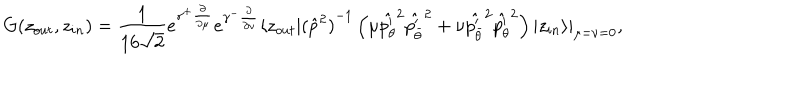
LaTeX: G ( z _ { o u t } , z _ { i n } ) = \frac 1 { 1 6 \sqrt 2 } e ^ { \gamma ^ { + } \frac \partial { \partial \mu } } e ^ { \gamma ^ { - } \frac \partial { \partial \nu } } \langle z _ { o u t } | { ( { \hat { p } } ^ { 2 } ) } ^ { - 1 } \left( \mu { \hat { p _ { \theta } ^ { \prime } } } ^ { 2 } { \hat { p _ { \bar { \theta } } ^ { \prime } } } ^ { 2 } + \nu { \hat { p _ { \bar { \theta } } ^ { \prime } } } ^ { 2 } { \hat { p _ { \theta } ^ { \prime } } } ^ { 2 } \right) | z _ { i n } \rangle | _ { \mu = \nu = 0 } ,